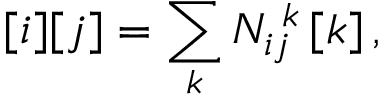
\, [ i ] [ j ] = \sum _ { k } { \cal N } _ { i j } ^ { \, \, k } \, [ k ] \, ,